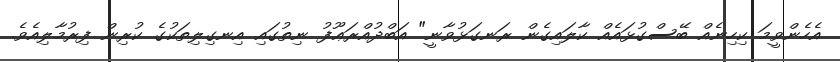
އެހެންވީމަ ކިހިނެއް ބޭސްގުޅައެއް ކާލައިގެން ރަނގަޅުވާނީ" އަބްދުއްރަޢޫފު ނިތުގައި އިނގިލިތަކުގެ ކުރިން ފިރުމާލިއެވެ.